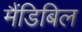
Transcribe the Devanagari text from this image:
मैंडिबिल